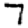
Digit: 7